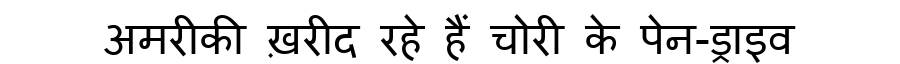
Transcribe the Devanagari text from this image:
अमरीकी ख़रीद रहे हैं चोरी के पेन-ड्राइव